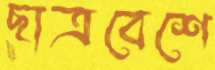
ছাত্রবেশে